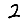
Digit: 2